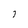
Character: 7